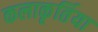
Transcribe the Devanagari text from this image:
कलाकृर्तिया